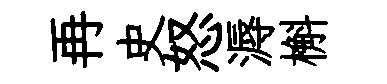
再史怒溽槲